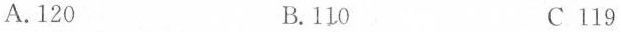
A.120 B.110 C 119